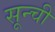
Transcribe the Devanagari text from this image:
सून्ची